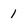
Character: 1